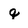
Character: q